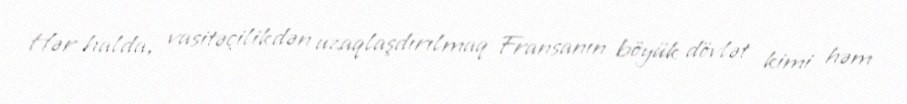
Hər halda, vasitəçilikdən uzaqlaşdırılmaq Fransanın böyük dövlət kimi həm